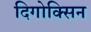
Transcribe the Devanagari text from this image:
दिगोक्सिन